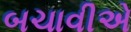
બચાવીએ